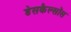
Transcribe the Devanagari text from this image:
डेसकैल्सॉस